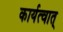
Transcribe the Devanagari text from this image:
कार्यत्वात्